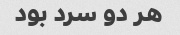
هر دو سرد بود